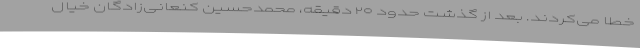
خطا می‌کردند. بعد از گذشت حدود ۲۰ دقیقه، محمدحسین کنعانی‌زادگان خیال